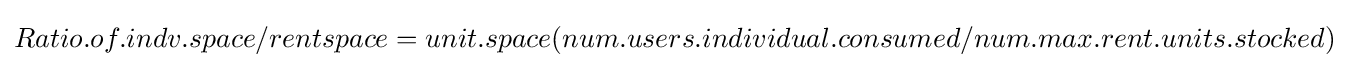
Ratio.of.indv.space/rentspace=unit.space(num.users.individual.consumed/num.max.rent.units.stocked)